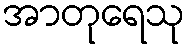
အာတုရေသု